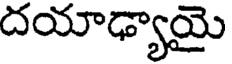
దయాఢ్యాయై